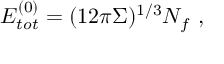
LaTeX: E _ { t o t } ^ { ( 0 ) } = ( 1 2 \pi \Sigma ) ^ { 1 / 3 } N _ { f } ~ ,